Plague in India, 1896, 1897 - Volume 1
Year: 1896
Disease focus: Plague
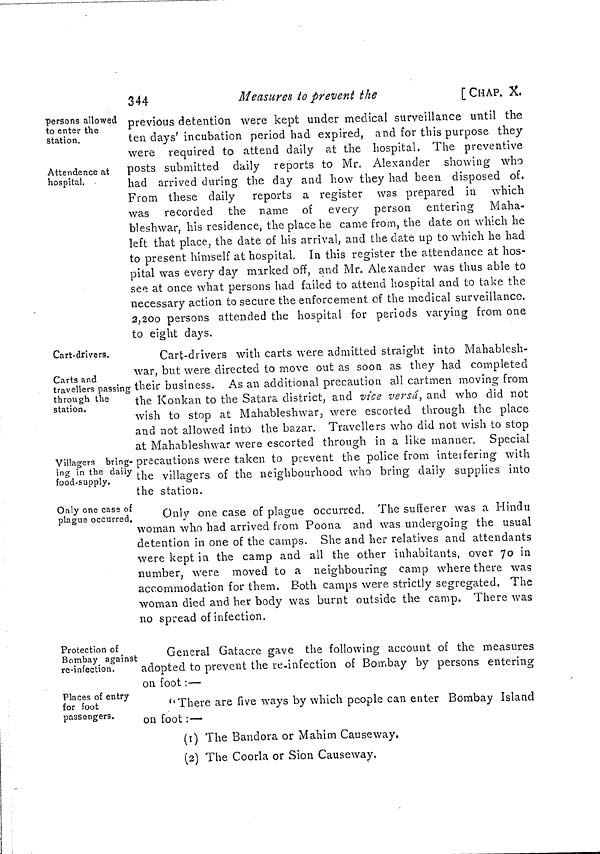
344
Measures to prevent the
[ CHAP. X,
persons allowed
to enter the
station.
Attendance at
hospital.
previous detention were kept under medical surveillance until the
ten clays' incubation period had expired, and for this purpose they
were required to attend daily at the hospital. The preventive
posts submitted daily reports to Mr. Alexander showing who
had arrived during the day and how they had been disposed of.
From these daily reports a register was prepared in which
was recorded the name of every person entering Maha-
bleshwar, his residence, the place he came from, the date on which he
left that place, the date of his arrival, and the date up to which he had
to present himself at hospital. In this register the attendance at hos-
pital was every day marked off, and Mr. Alexander was thus able to
see at once what persons had failed to attend hospital and to take the
necessary action to secure the enforcement of the medical surveillance.
2,200 persons attended the hospital for periods varying from one
to eight days.
Cart-drivers.
Carts and
travellers passing
through the
station.
Villagers bring-
ing in the daily
food-supply.
Cart-drivers with carts were admitted straight into Mahablesh-
war, but were directed to move out as soon as they had completed
their business. As an additional precaution all cartmen moving from
the Konkan to the Satara district, and vice versá, and who did not
wish to stop at Mahableshwar, were escorted through the place
and not allowed into the bazar. Travellers who did not wish to stop
at Mahableshwar were escorted through in a like manner. Special
precautions were taken to prevent the police from interfering with
the villagers of the neighbourhood who bring daily supplies into
the station.
Only one case of
plague occurred.
Only one case of plague occurred. The sufferer was a Hindu
woman who had arrived from Poona and was undergoing the usual
detention in one of the camps. She and her relatives and attendants
were kept in the camp and all the other inhabitants, over 70 in
number, were moved to a neighbouring camp where there was
accommodation for them. Both camps were strictly segregated. The
woman died and her body was burnt outside the camp. There was
no spread of infection,
Protection of
Bombay against
re-infection.
General Gatacre gave the following account of the measures
adopted to prevent the re-infection of Bombay by persons entering
on foot :—
Places of entry
for foot
passengers.
"There are five ways by which people can eater Bombay Island
on foot:—
(1) The Bandora or Mahim Causeway.
(2) The Coorla or Sion Causeway,